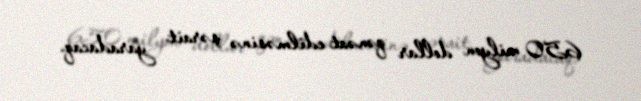
650 milyon dollar qənəat edilməsinə şərait yaradacaq.